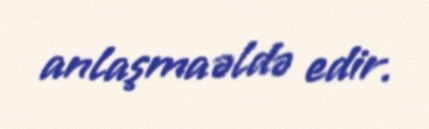
anlaşma əldə edir.